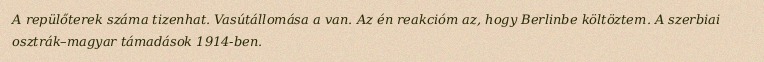
A repülőterek száma tizenhat. Vasútállomása a van. Az én reakcióm az, hogy Berlinbe költöztem. A szerbiai osztrák–magyar támadások 1914-ben.